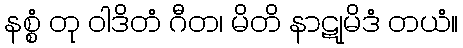
နစ္စံ တု ဝါဒိတံ ဂီတ၊ မိတိ နာဋုမိဒံ တယံ။